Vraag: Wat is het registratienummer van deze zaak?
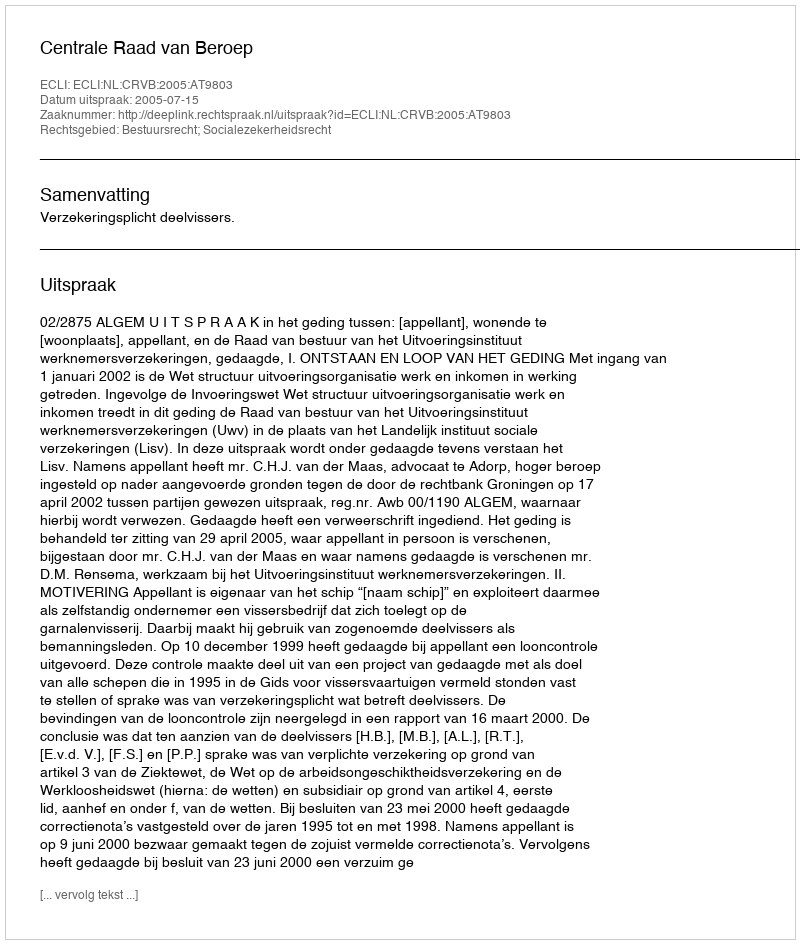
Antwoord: http://deeplink.rechtspraak.nl/uitspraak?id=ECLI:NL:CRVB:2005:AT9803